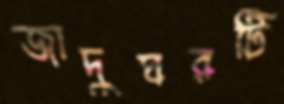
জাদুঘরটি